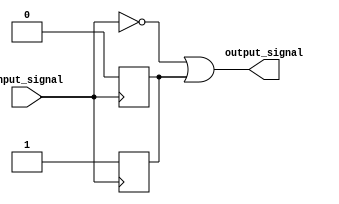
module open_drain_inverter(
    input wire input_signal,
    output reg output_signal
);

reg pull_up_resistor;

assign output_signal = (~input_signal) | pull_up_resistor;

always @(posedge input_signal)
    pull_up_resistor <= 1'b1;
  
always @(negedge input_signal)
    pull_up_resistor <= 1'b0;

endmodule